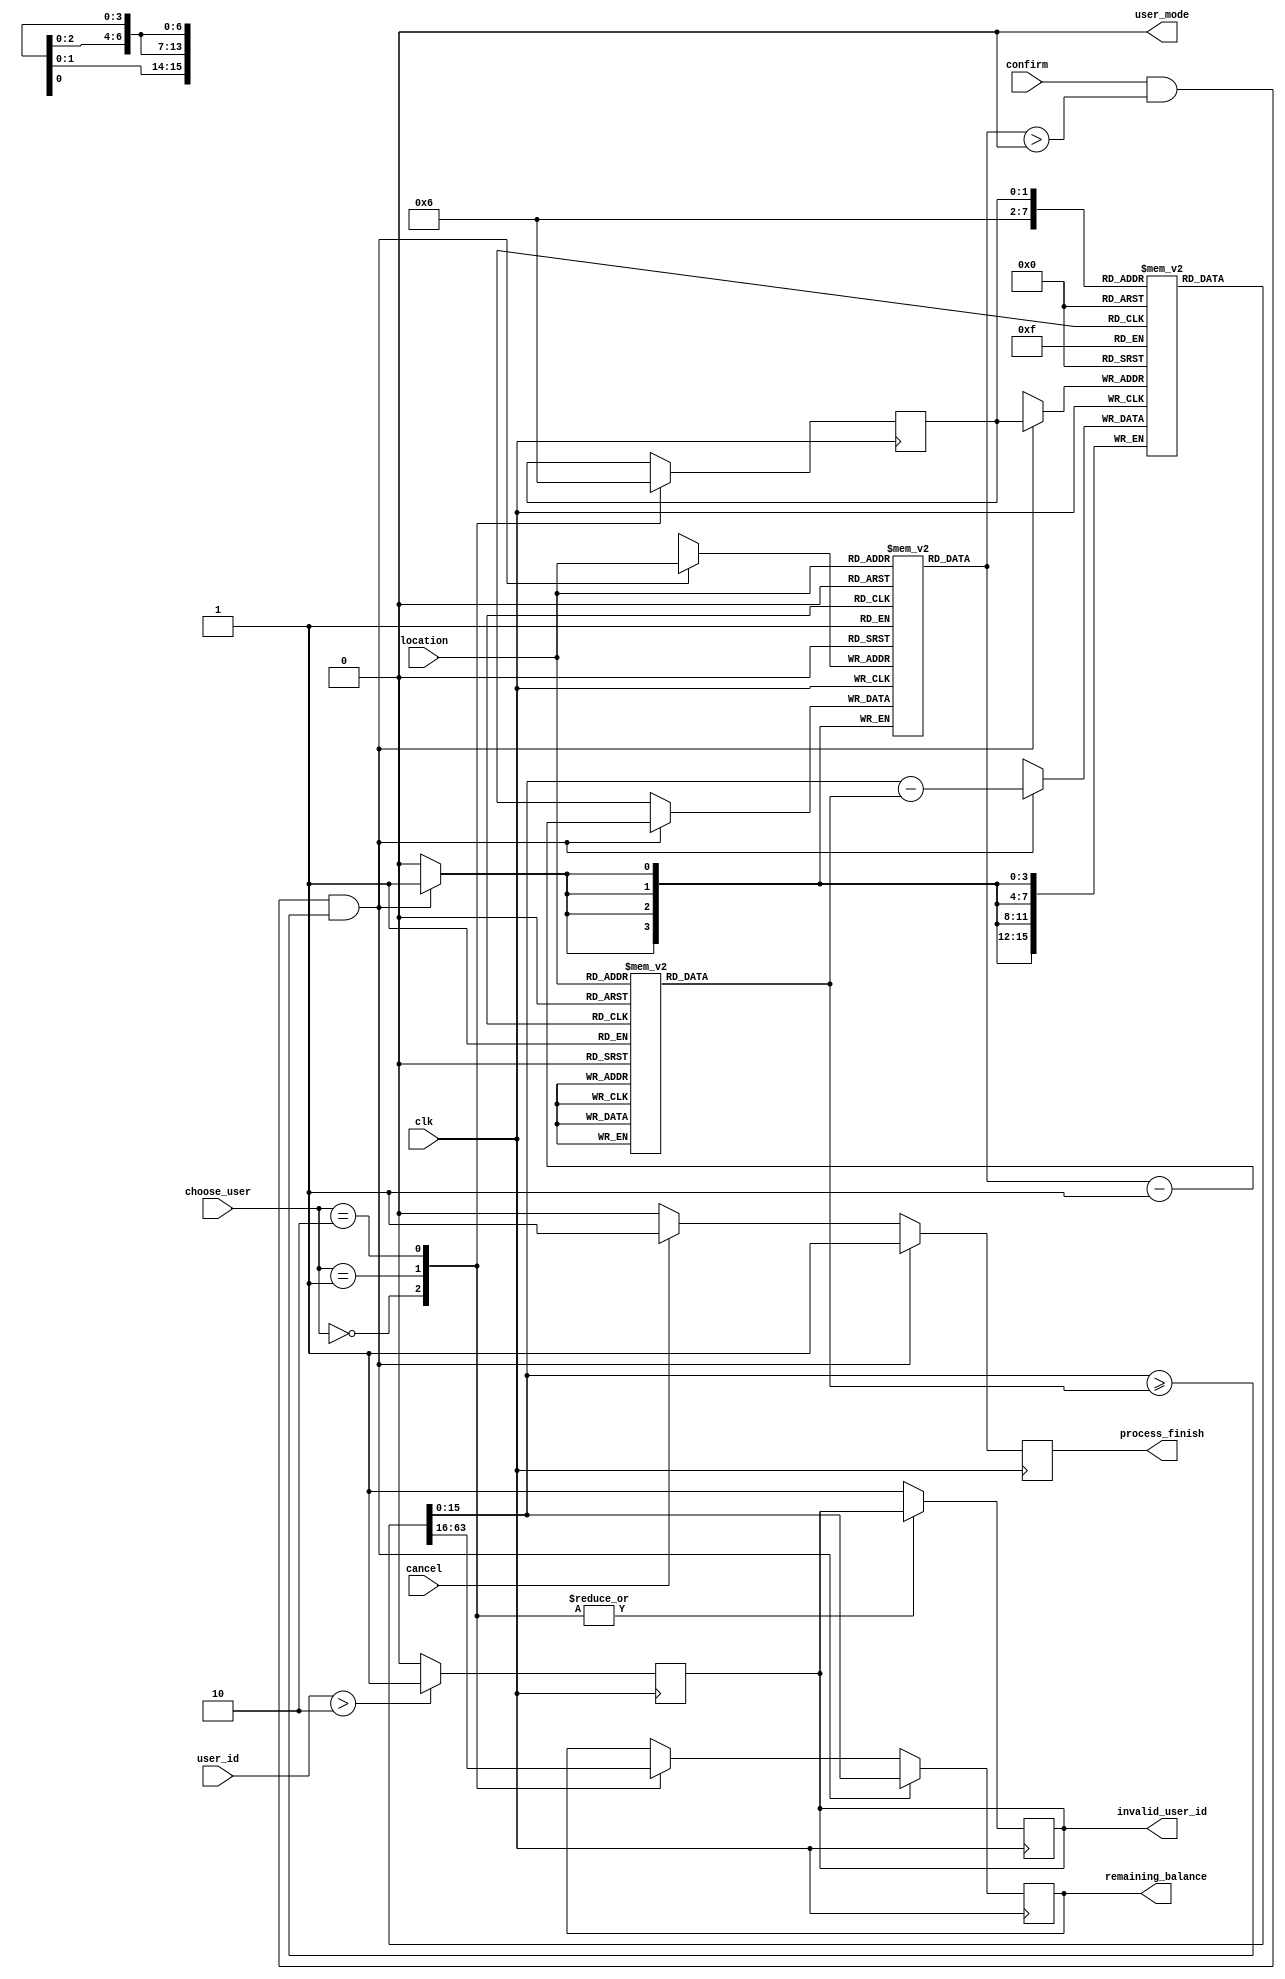
module user_mode(
    input wire clk,
    input wire [1:0] choose_user,
    input wire [1:0] user_id,
    input wire [6:0] location,
    input wire confirm,
    input wire cancel,
    output reg user_mode,
    output reg [15:0] remaining_balance,  // 16-bit output
    output reg process_finish,
    output reg invalid_user_id
);

    // Define internal registers
    reg [15:0] user_balance_reg [2:0]; // 16-bit balance for 3 users
    reg [3:0] item_count_reg [68:0]; // 69 slots for items
    reg [15:0] item_price_reg [68:0]; // 16-bit prices for 69 items
    reg [1:0] current_user; // Current user index

    // Initial block to initialize values at the beginning
    initial begin
        // Initialize user balances
        user_balance_reg[0] = 16'd7000; // User 1: 7000 
        user_balance_reg[1] = 16'd5000; // User 2: 5000 
        user_balance_reg[2] = 16'd3000; // User 3: 3000 

        // Initialize item counts
        item_count_reg[0] = 4'd9;
        item_count_reg[1] = 4'd9;
        item_count_reg[2] = 4'd9;
        item_count_reg[3] = 4'd9;
        item_count_reg[4] = 4'd9;
        item_count_reg[5] = 4'd9;
        item_count_reg[6] = 4'd9;
        item_count_reg[7] = 4'd9;
        item_count_reg[8] = 4'd9;
        item_count_reg[9] = 4'd9;
        item_count_reg[10] = 4'd9;
        item_count_reg[11] = 4'd9;
        item_count_reg[12] = 4'd9;
        item_count_reg[13] = 4'd9;
        item_count_reg[14] = 4'd9;
        item_count_reg[15] = 4'd9;
        item_count_reg[16] = 4'd9;
        item_count_reg[17] = 4'd9;
        item_count_reg[18] = 4'd9;
        item_count_reg[19] = 4'd9;
        item_count_reg[20] = 4'd9;
        item_count_reg[21] = 4'd9;
        item_count_reg[22] = 4'd9;
        item_count_reg[23] = 4'd9;
        item_count_reg[24] = 4'd9;
        item_count_reg[25] = 4'd9;
        item_count_reg[26] = 4'd9;
        item_count_reg[27] = 4'd9;
        item_count_reg[28] = 4'd9;
        item_count_reg[29] = 4'd9;
        item_count_reg[30] = 4'd9;
        item_count_reg[31] = 4'd9;
        item_count_reg[32] = 4'd9;
        item_count_reg[33] = 4'd9;
        item_count_reg[34] = 4'd9;
        item_count_reg[35] = 4'd9;
        item_count_reg[36] = 4'd9;
        item_count_reg[37] = 4'd9;
        item_count_reg[38] = 4'd9;
        item_count_reg[39] = 4'd9;
        item_count_reg[40] = 4'd9;
        item_count_reg[41] = 4'd9;
        item_count_reg[42] = 4'd9;
        item_count_reg[43] = 4'd9;
        item_count_reg[44] = 4'd9;
        item_count_reg[45] = 4'd9;
        item_count_reg[46] = 4'd9;
        item_count_reg[47] = 4'd9;
        item_count_reg[48] = 4'd9;
        item_count_reg[49] = 4'd9;
        item_count_reg[50] = 4'd9;
        item_count_reg[51] = 4'd9;
        item_count_reg[52] = 4'd9;
        item_count_reg[53] = 4'd9;
        item_count_reg[54] = 4'd9;
        item_count_reg[55] = 4'd9;
        item_count_reg[56] = 4'd9;
        item_count_reg[57] = 4'd9;
        item_count_reg[58] = 4'd9;
        item_count_reg[59] = 4'd9;
        item_count_reg[60] = 4'd9;
        item_count_reg[61] = 4'd9;
        item_count_reg[62] = 4'd9;
        item_count_reg[63] = 4'd9;
        item_count_reg[64] = 4'd9;
        item_count_reg[65] = 4'd9;
        item_count_reg[66] = 4'd9;
        item_count_reg[67] = 4'd9;
        item_count_reg[68] = 4'd9;

        // Initialize item prices
        item_price_reg[0] = 16'd0; // Location 0 (not used)
        item_price_reg[1] = 16'd0; // Location 1 (not used)
        item_price_reg[2] = 16'd0; // Location 2 (not used)
        item_price_reg[3] = 16'd0; // Location 3 (not used)
        item_price_reg[4] = 16'd0; // Location 4 (not used)
        item_price_reg[5] = 16'd0; // Location 5 (not used)
        item_price_reg[6] = 16'd0; // Location 6 (not used)
        item_price_reg[7] = 16'd0; // Location 7 (not used)
        item_price_reg[8] = 16'd0; // Location 8 (not used)
        item_price_reg[9] = 16'd0; // Location 9 (not used)
        item_price_reg[10] = 16'd0; // Location 10 (not used)
        item_price_reg[11] = 16'd8500; // Location 11: 8500
        item_price_reg[12] = 16'd8500; // Location 12: 8500
        item_price_reg[13] = 16'd8500; // Location 13: 8500
        item_price_reg[14] = 16'd8500; // Location 14: 8500
        item_price_reg[15] = 16'd8500; // Location 15: 8500
        item_price_reg[16] = 16'd8500; // Location 16: 8500
        item_price_reg[17] = 16'd8500; // Location 17: 8500
        item_price_reg[18] = 16'd8500; // Location 18: 8500
        item_price_reg[19] = 16'd8500; // Location 19: 8500
        item_price_reg[20] = 16'd6000; // Location 20: 6000
        item_price_reg[21] = 16'd6000; // Location 21: 6000
        item_price_reg[22] = 16'd6000; // Location 22: 6000
        item_price_reg[23] = 16'd6000; // Location 23: 6000
        item_price_reg[24] = 16'd6000; // Location 24: 6000
        item_price_reg[25] = 16'd6000; // Location 25: 6000
        item_price_reg[26] = 16'd6000; // Location 26: 6000
        item_price_reg[27] = 16'd6000; // Location 27: 6000
        item_price_reg[28] = 16'd6000; // Location 28: 6000
        item_price_reg[29] = 16'd6000; // Location 29: 6000
        item_price_reg[30] = 16'd4500; // Location 30: 4500
        item_price_reg[31] = 16'd4500; // Location 31: 4500
        item_price_reg[32] = 16'd4500; // Location 32: 4500
        item_price_reg[33] = 16'd4500; // Location 33: 4500
        item_price_reg[34] = 16'd4500; // Location 34: 4500
        item_price_reg[35] = 16'd4500; // Location 35: 4500
        item_price_reg[36] = 16'd4500; // Location 36: 4500
        item_price_reg[37] = 16'd4500; // Location 37: 4500
        item_price_reg[38] = 16'd4500; // Location 38: 4500
        item_price_reg[39] = 16'd4500; // Location 39: 4500
        item_price_reg[40] = 16'd3000; // Location 40: 3000
        item_price_reg[41] = 16'd3000; // Location 41: 3000
        item_price_reg[42] = 16'd3000; // Location 42: 3000
        item_price_reg[43] = 16'd3000; // Location 43: 3000
        item_price_reg[44] = 16'd3000; // Location 44: 3000
        item_price_reg[45] = 16'd3000; // Location 45: 3000
        item_price_reg[46] = 16'd3000; // Location 46: 3000
        item_price_reg[47] = 16'd3000; // Location 47: 3000
        item_price_reg[48] = 16'd3000; // Location 48: 3000
        item_price_reg[49] = 16'd3000; // Location 49: 3000
        item_price_reg[50] = 16'd2000; // Location 50: 2000
        item_price_reg[51] = 16'd2000; // Location 51: 2000
        item_price_reg[52] = 16'd2000; // Location 52: 2000
        item_price_reg[53] = 16'd2000; // Location 53: 2000
        item_price_reg[54] = 16'd2000; // Location 54: 2000
        item_price_reg[55] = 16'd2000; // Location 55: 2000
        item_price_reg[56] = 16'd2000; // Location 56: 2000
        item_price_reg[57] = 16'd2000; // Location 57: 2000
        item_price_reg[58] = 16'd2000; // Location 58: 2000
        item_price_reg[59] = 16'd2000; // Location 59: 2000
        item_price_reg[60] = 16'd2000; // Location 60: 2000
        item_price_reg[61] = 16'd2000; // Location 61: 2000
        item_price_reg[62] = 16'd2000; // Location 62: 2000
        item_price_reg[63] = 16'd2000; // Location 63: 2000
        item_price_reg[64] = 16'd2000; // Location 64: 2000
        item_price_reg[65] = 16'd2000; // Location 65: 2000
        item_price_reg[66] = 16'd2000; // Location 66: 2000
        item_price_reg[67] = 16'd2000; // Location 67: 2000
        item_price_reg[68] = 16'd2000; // Location 68: 2000

        // Initialize other variables
        current_user = 0;
        user_mode = 0;
        remaining_balance = 0;
        process_finish = 0;
        invalid_user_id = 0;
    end

    // Main logic
    always @(posedge clk) begin
        // Choosing User
        case (choose_user)
            2'b00: begin // User 1
                current_user <= 0;
                remaining_balance <= user_balance_reg[0];
            end
            2'b01: begin // User 2
                current_user <= 1;
                remaining_balance <= user_balance_reg[1];
            end
            2'b10: begin // User 3
                current_user <= 2;
                remaining_balance <= user_balance_reg[2];
            end
            default: begin
                invalid_user_id <= 1;
            end
        endcase

        // Transaction Processing
        if (confirm && item_count_reg[location] > 0 && user_balance_reg[current_user] >= item_price_reg[location]) begin
            user_balance_reg[current_user] <= user_balance_reg[current_user] - item_price_reg[location];
            item_count_reg[location] <= item_count_reg[location] - 1;
            remaining_balance <= user_balance_reg[current_user];
            process_finish <= 1;
        end else if (cancel) begin
            process_finish <= 1;
        end else begin
            process_finish <= 0;
        end

        // Display current balance after each transaction
        $display("Current User Balance: %d", user_balance_reg[current_user]);
    end

    // Invalid user ID logic
    always @(posedge clk) begin
        if (user_id > 2'b10) begin
            invalid_user_id <= 1;
        end else begin
            invalid_user_id <= 0;
        end
    end

endmodule